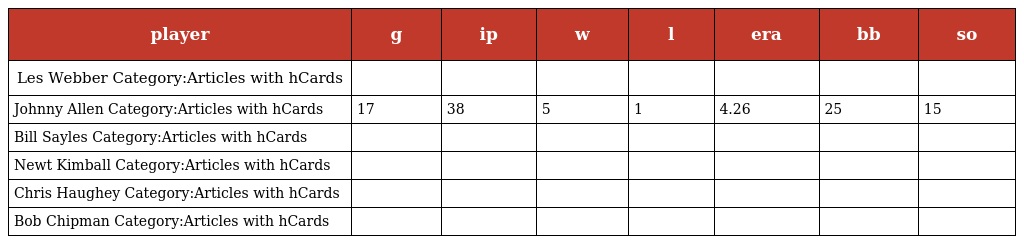
| player | g | ip | w | l | era | bb | so |
 | --- | --- | --- | --- | --- | --- | --- | --- |
 | Les Webber Category:Articles with hCards |  |  |  |  |  |  |  |
 | Johnny Allen Category:Articles with hCards | 17 | 38 | 5 | 1 | 4.26 | 25 | 15 |
 | Bill Sayles Category:Articles with hCards |  |  |  |  |  |  |  |
 | Newt Kimball Category:Articles with hCards |  |  |  |  |  |  |  |
 | Chris Haughey Category:Articles with hCards |  |  |  |  |  |  |  |
 | Bob Chipman Category:Articles with hCards |  |  |  |  |  |  |  |